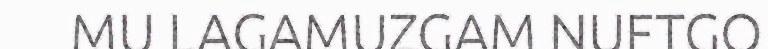
MU LAGAMUZGAM NUFTGO